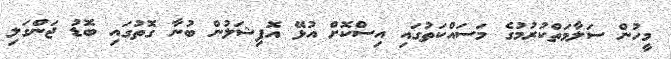
މީހުން ސަލާމަތްކުރުމުގެ މަސައްކަތުގައި އިސްކޮށް އުޅޭ އޮފިޝަލުން ބުނާ ގޮތުގައި ބޮޑު ޖަންގަލި